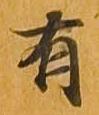
有